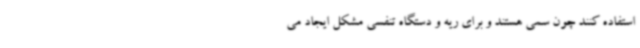
استفاده کنند چون سمی هستند و برای ریه و دستگاه تنفسی مشکل ایجاد می